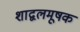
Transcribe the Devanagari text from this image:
शाद्वलमूषक